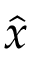
\hat { x }